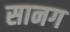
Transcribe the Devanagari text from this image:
सानग